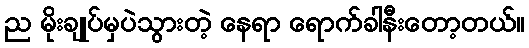
ည မိုးချုပ်မှပဲသွားတဲ့ နေရာ ရောက်ခါနီးတော့တယ်။